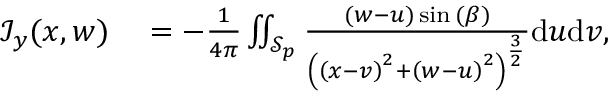
\begin{array} { r l } { \mathcal { I } _ { y } ( x , w ) } & { { } = - \frac { 1 } { 4 \pi } \iint _ { \mathcal { S } _ { p } } \frac { ( w - u ) \sin { ( \beta ) } } { \left( \left( x - v \right) ^ { 2 } + \left( w - u \right) ^ { 2 } \right) ^ { \frac { 3 } { 2 } } } \mathrm { d } u \mathrm { d } v , } \end{array}